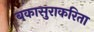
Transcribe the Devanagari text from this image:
बकासुराकरिता